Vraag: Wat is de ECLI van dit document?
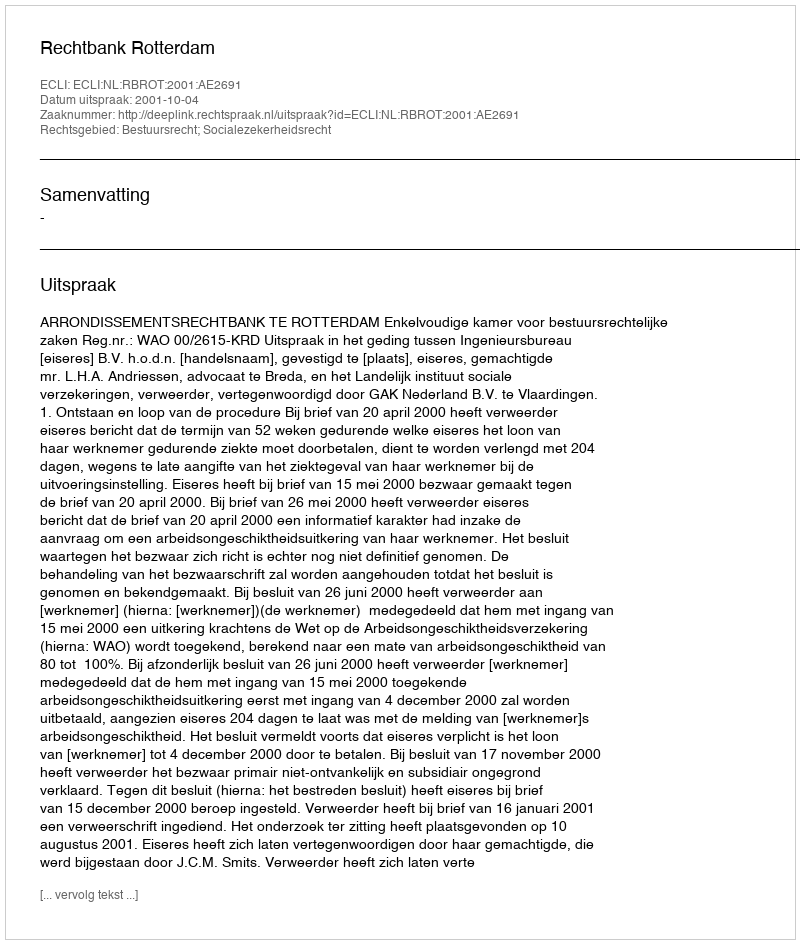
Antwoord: ECLI:NL:RBROT:2001:AE2691